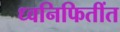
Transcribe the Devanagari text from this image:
ध्वनिफितींत